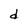
Character: d